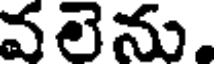
వలెను.